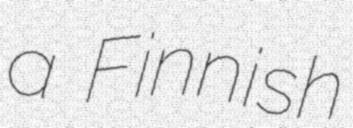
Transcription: a Finnish